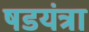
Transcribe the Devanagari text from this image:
षडयंत्रा